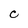
Character: C